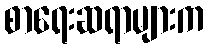
စာရေးဆရာများက